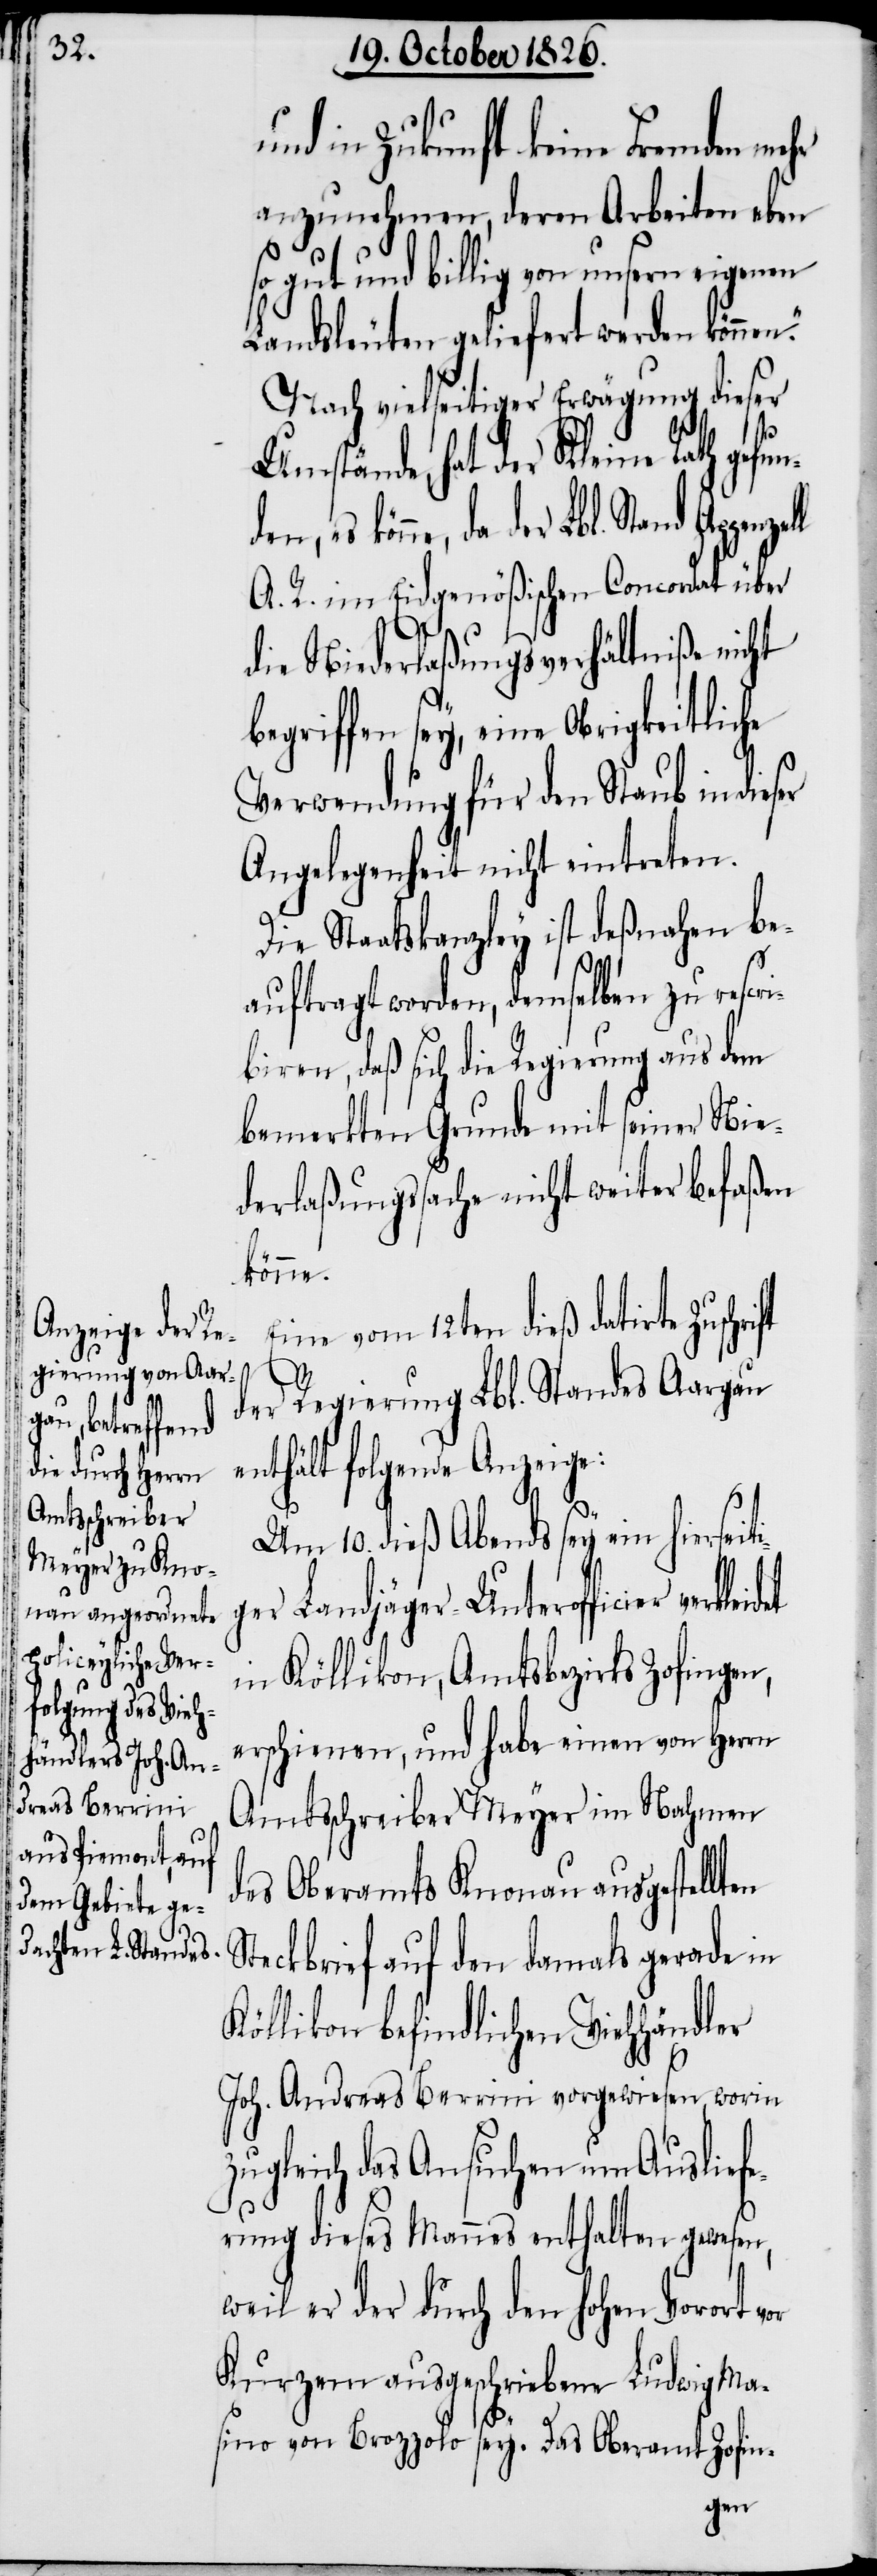
und in Zukunft keine Fremden mehr
anzunehmen, deren Arbeiten eben
gut und billig von unsern
Landesleuten geliefert werden können.“
Nach vielseitiger Erwägung dieser
Umstände, hat der Kleine Rath gefu¬
da der Lbl. Stand Appenz¬
A. R. im Eidgenößischen Concordat über
i¬
ell
die Niederlaßungsverhältniße nicht
begriffen sey, eine Obrigkeitliche
Verwendung für den Staub in
Angelegenheit nicht eintreten.
Die Staatskanzley ist deßnahen be¬
auftragt worden, demselben zu rescr¬
ibiren, daß sich die Regierung aus dem
bemerkten Grunde mit seiner Nie¬
derlaßungssache nicht weiter befaßen
könne.
Eine vom 12ten dieß datirte Zuschri¬
ft
der Regierung Lbl. Standes Aargau
enthält folgende Anzeige:
Um 10. dieß Abends sey ein hierseit¬
ger Landjäger-Unterofficier
in Köllikon, Amtsbezirks Zofingen,
erschienen, und habe einen von Herrn
Amtsschreiber Meyer im Nahmen
des Oberamts Knonau ausgestellten
Steckbrief auf den damals gerade in
Köllikon befindlichen Viehhändler
Joh. Andreas Berrini vorgewiesen, worin
zugleich das Ansuchen um Auslief¬
erung dieses Mannes enthalten gewesen,
weil er der durch den hohen Vorort
Kurzem ausgeschriebene Ludwig Ma¬
sino von Brozzolo sey. Das Oberamt Zofin-